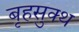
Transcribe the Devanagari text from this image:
बृहसुक्थ